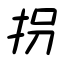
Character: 拐